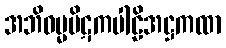
အဘိဓမ္မပိဋကပါဠိအဋ္ဌကထာ